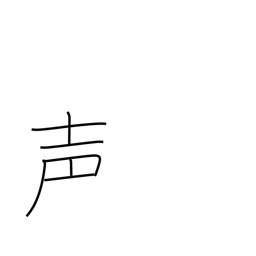
Meaning: voice